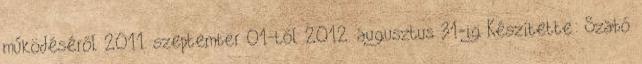
működéséről 2011. szeptember 01-től 2012. augusztus 31-ig Készítette: Szabó